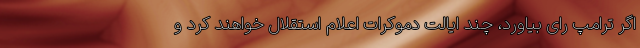
اگر ترامپ رای بیاورد، چند ایالت دموکرات اعلام استقلال خواهند کرد و